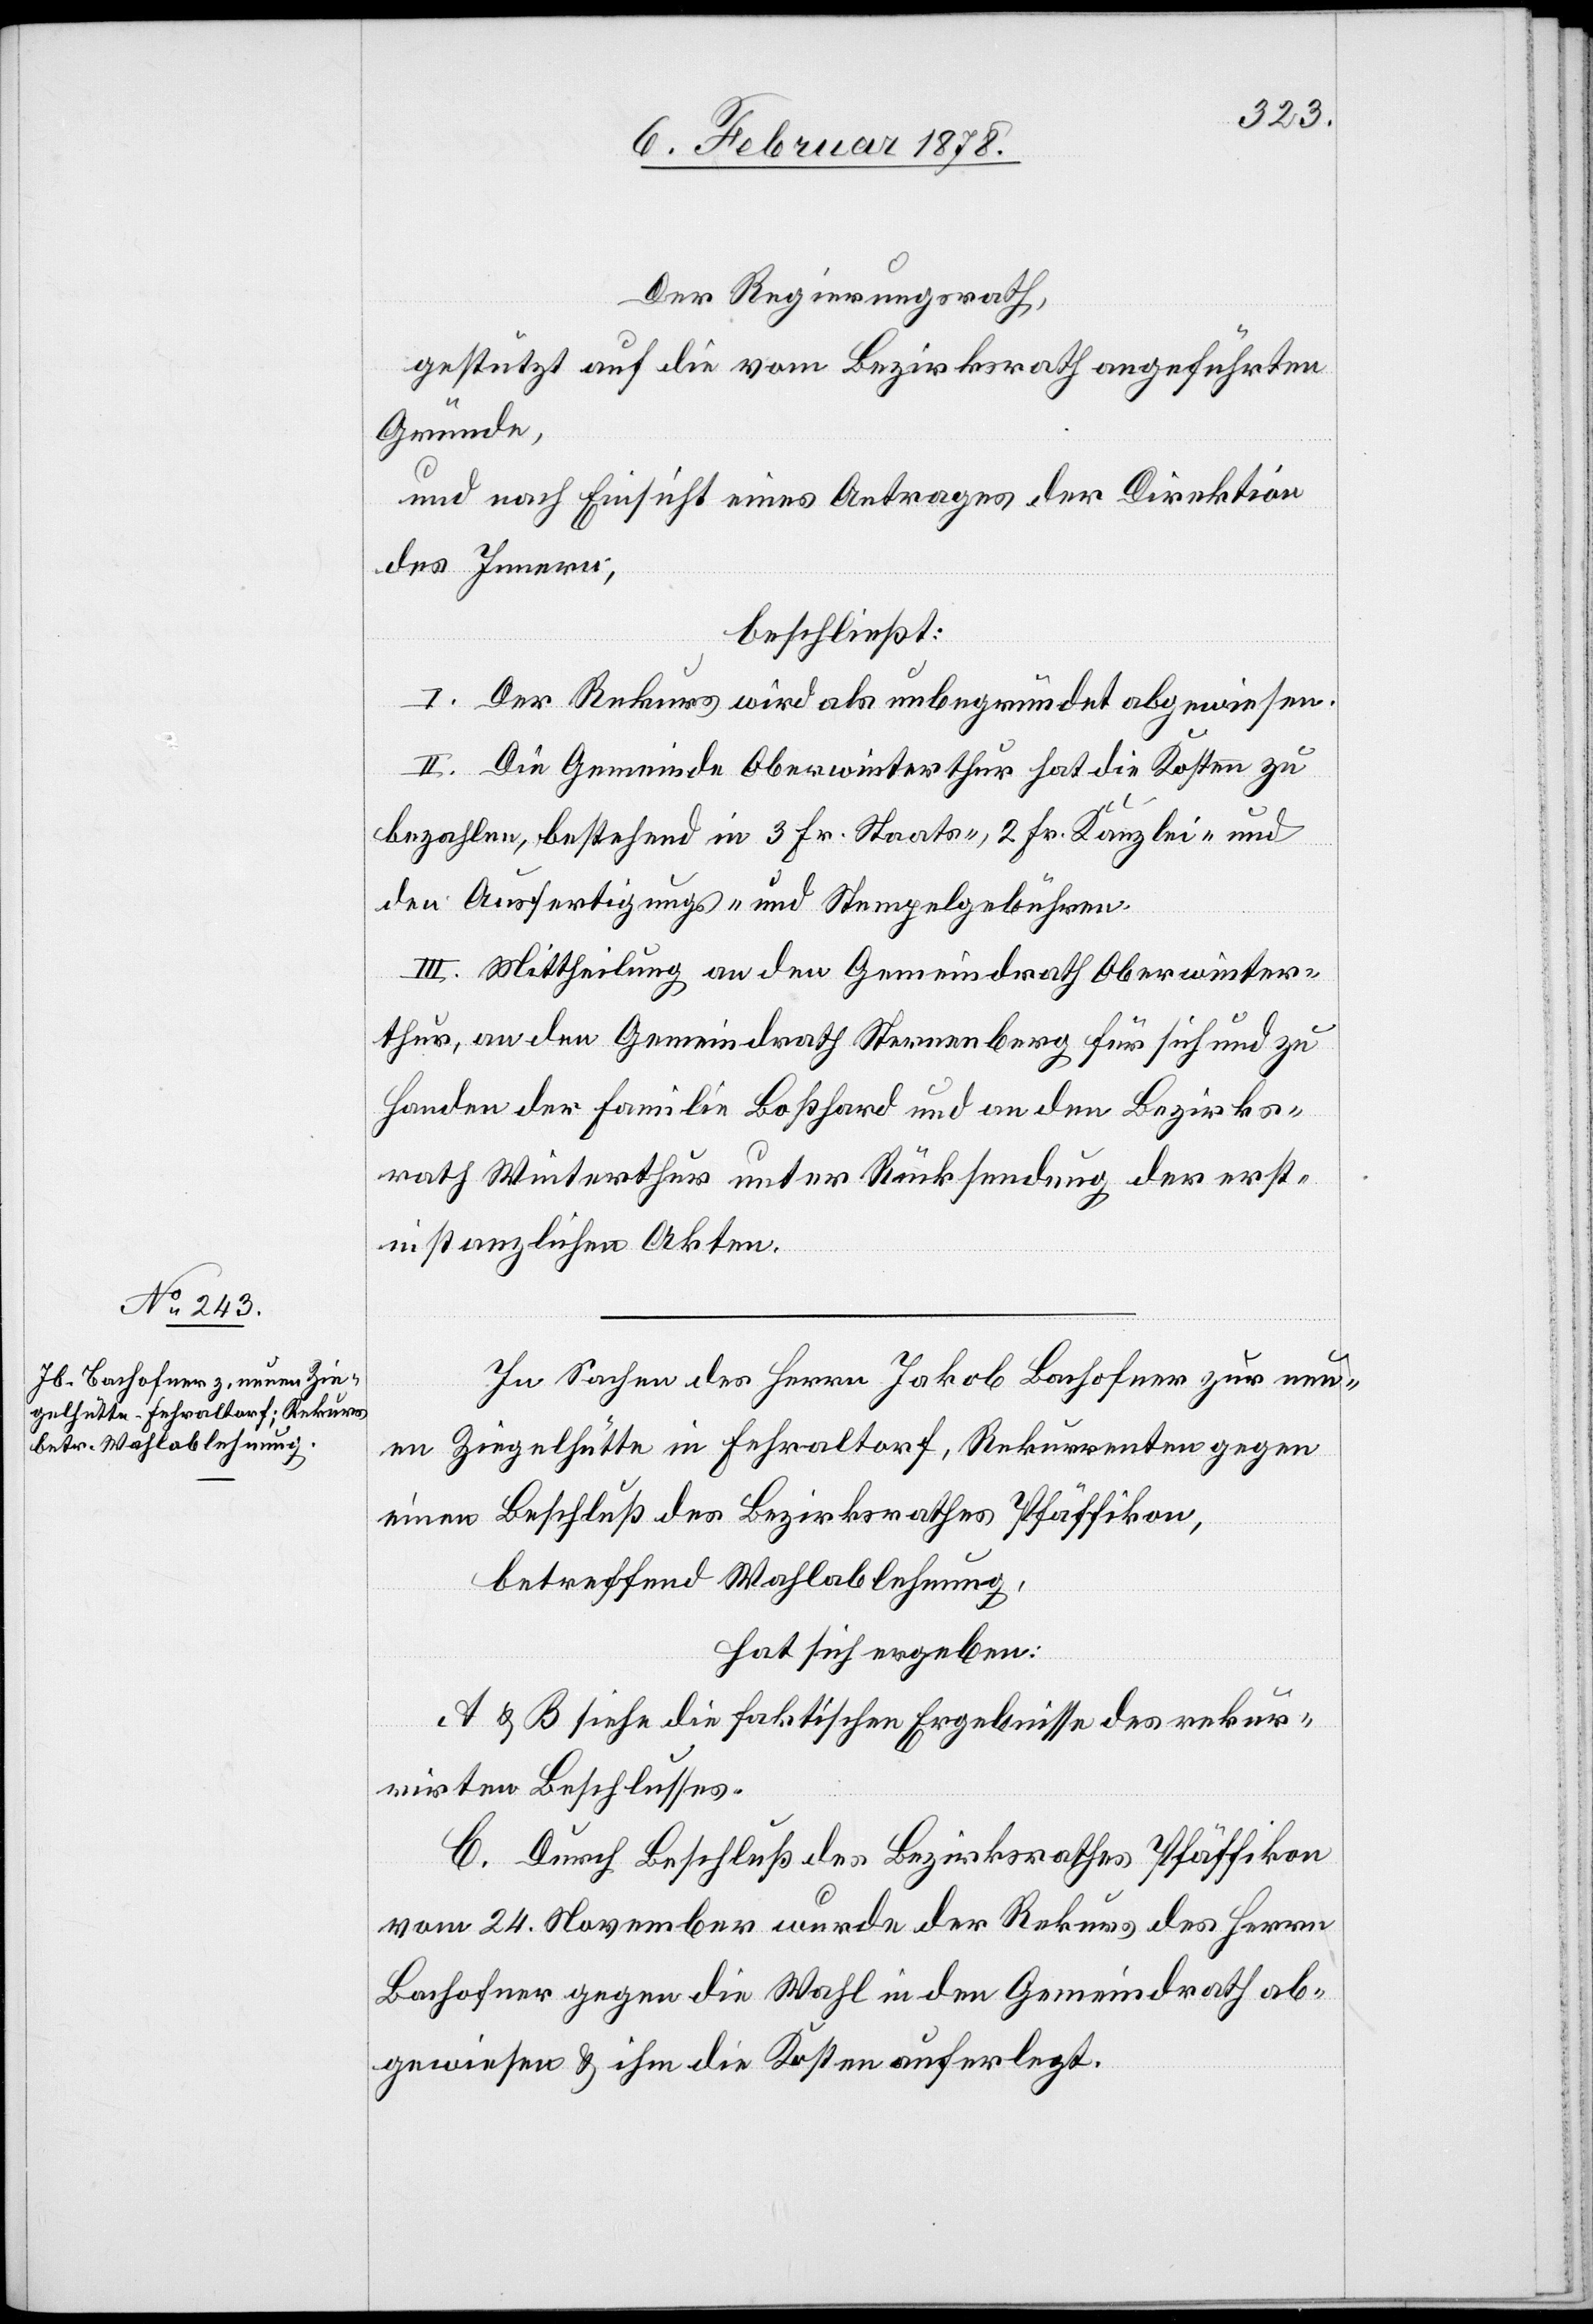
Der Regierungsrath,
gestützt auf die vom Bezirksrath angeführten
Gründe,
und nach Einsicht eines Antrages der Direktion
des Innern;
beschließt:
I. Der Rekurs wird als unbegründet abgewiesen.
II. Die Gemeinde Oberwinterthur hat die Kosten zu
bezahlen, bestehend in 3 Fr. Staats-, 2 Fr. Kanzlei- und
den Ausfertigungs- und Stempelgebühren.
III. Mittheilung an den Gemeindrath Oberwinter¬
thur, an den Gemeindrath Sternenberg für sich und zu
Handen der Familie Boßhard und an den Bezirks¬
rath Winterthur unter Rücksendung der erst¬
instanzlichen Akten.
In Sachen des Herrn Jakob Bachofner zur neu¬
en Ziegelhütte in Fehraltorf, Rekurrenten gegen
einen Beschluß des Bezirksrathes Pfäffikon,
betreffend Wahlablehnung,
hat sich ergeben:
A & B siehe die faktischen Ergebnisse des rekur¬
rirten Beschlusses.
C. Durch Beschluß des Bezirksrathes Pfäffikon
vom 24. November wurde der Rekurs des Herrn
Bachofner gegen die Wahl in den Gemeindrath ab¬
gewiesen & ihm die Kosten auferlegt.